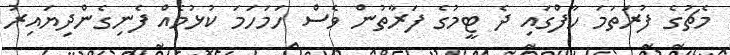
މެޗުގެ ފުރަތަމަ ހާފްގައި ދެ ޓީމުގެ ފަރާތުން ވެސް ހަމަހަމަ ކުޅުމެއް ފެނިގެންދިޔައިރު